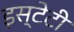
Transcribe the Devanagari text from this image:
इस्टेटी